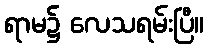
ရာမ၌ လေသရမ်းပြီ။